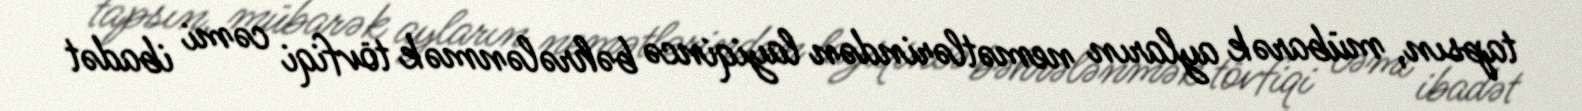
tapsın, mübarək ayların nemətlərindən layiqincə bəhrələnmək tövfiqi cəmi ibadət